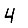
Digit: 4